Annual administration and progress report of the Indian Medical Department, Bombay
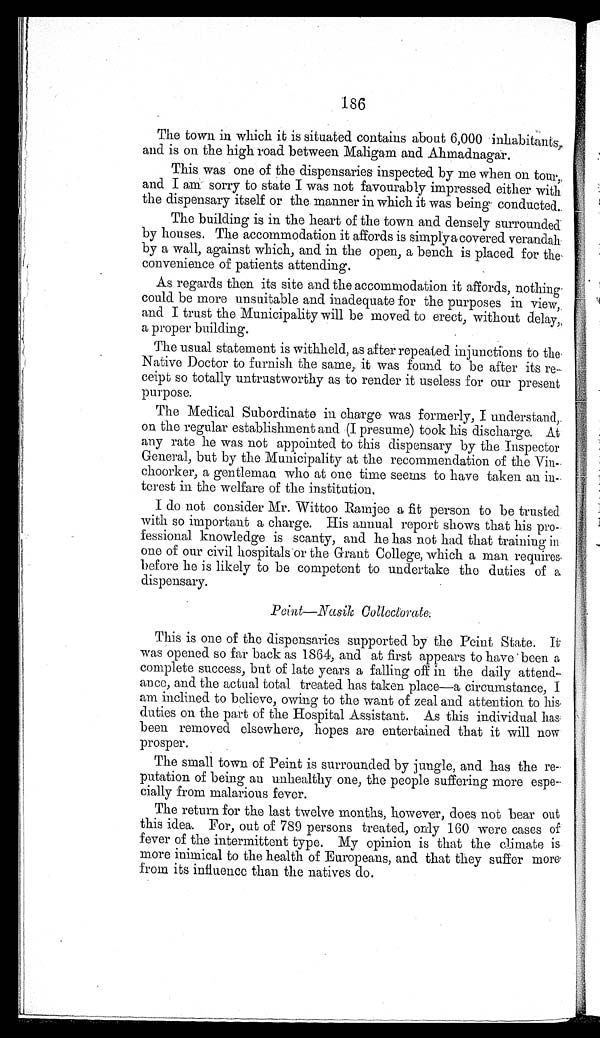
186
The town in which it is situated contains about 6,000 inhabitant
s, and is on the high road between Maligam and Ahmadnagar.
This was one of the dispensaries inspected by me when on tour,
and I am sorry to state I was not favourably impressed either with
the dispensary itself or the manner in which it was being conducted.
The building is in the heart of the town and densely surrounded
by houses. The accommodation it affords is simply a covered verandah
by a wall, against which, and in the open, a bench is placed for the
convenience of patients attending.
As regards then its site and the accommodation it affords, nothing
could be more unsuitable and inadequate for the purposes in view,
and I trust the Municipality will be moved to erect, without delay,
a proper building.
The usual statement is withheld, as after repeated injunctions to the
Native Doctor to furnish the same, it was found to be after its re
ceipt so totally untrustworthy as to render it useless for our present
purpose.
The Medical Subordinate in charge was formerly, I understand,
on the regular establishment and (I presume) took his discharge. At
any rate he was not appointed to this dispensary by the Inspector
General, but by the Municipality at the recommendation of the Vin-
choorker, a gentleman who at one time seems to have taken an in-
terest in the welfare of the institution.
I do not consider Mr. Wittoo Ramjee a fit person to be trusted
with so important a charge. His annual report shows that his pro-
fessional knowledge is scanty, and he has not had that training in
one of our civil hospitals or the Grant College, which a man requires.
before he is likely to be competent to undertake the duties of a
dispensary.
Point—Nasik Collectorate.
This is one of the dispensaries supported by the Point State. It
was opened so far back as 1864, and at first appears to have been a
complete success, but of late years a falling off in the daily attend
-ance, and the actual total treated has taken place—a circumstance, I
am inclined to believe, owing to the want of zeal and attention to his
duties on the part of the Hospital Assistant. As this individual has
been removed elsewhere, hopes are entertained that it will now
prosper.
The small town of Peint is surrounded by jungle, and has the re-
putation of being an unhealthy one, the people suffering more espe
-cially from malarious fever.
The return for the last twelve months, however, does not bear out
this idea. For, out of 789 persons treated, only 160 were cases of
fever of the intermittent type. My opinion is that the climate is
more inimical to the health of Europeans, and that they suffer more
from its influence than the natives do.